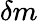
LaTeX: \delta m